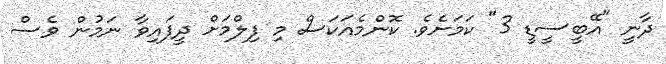
ދާނީ "އޭބީސީޑީ 3" ކަމަށެވެ. ކޮންމެއަކަސް މި ފިލްމަށް ދީފައިވާ ނަމުން ވެސް